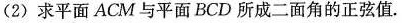
(2)求平面ACM与平面BCD所成二面角的正弦值.